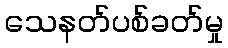
သေနတ်ပစ်ခတ်မှု